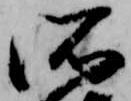
所